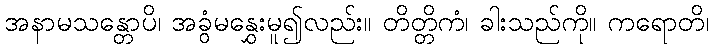
အနာမသန္တောပိ၊ အခွံမနွှေးမူ၍လည်း။ တိတ္တိကံ၊ ခါးသည်ကို။ ကရောတိ၊